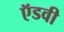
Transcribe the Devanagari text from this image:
ऍडवी